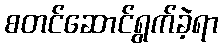
စတင်ဆောင်ရွက်ခဲ့ရာ